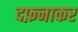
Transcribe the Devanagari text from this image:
दफ़नाकर